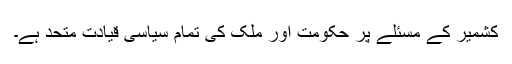
کشمیر کے مسئلے پر حکومت اور ملک کی تمام سیاسی قیادت متحد ہے۔